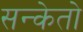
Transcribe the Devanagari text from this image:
सन्केतो